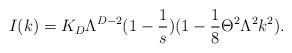
LaTeX: \begin{align*}I(k)=K_D\Lambda^{D-2}(1-\frac{1}{s})(1-\frac{1}{8}\Theta^2\Lambda^2 k^2).\end{align*}